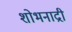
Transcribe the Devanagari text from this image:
शोभनाद्री